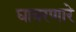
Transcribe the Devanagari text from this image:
घाबरणारे